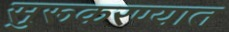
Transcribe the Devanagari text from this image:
सुरूकरण्यात